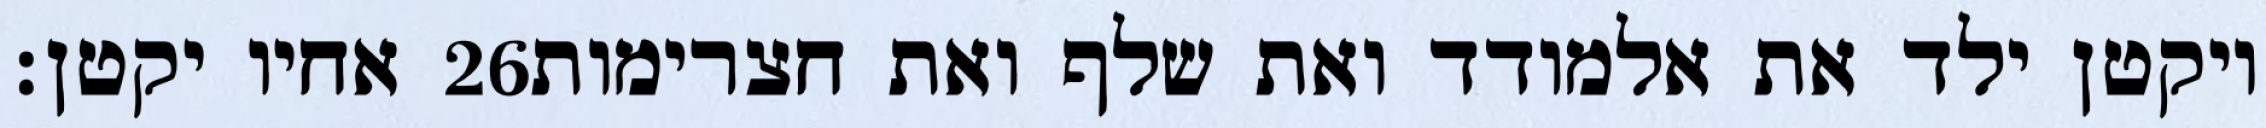
אחיו יקטן׃ ‎26‏ ויקטן ילד את אלמודד ואת שלף ואת חצרימות